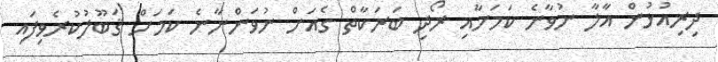
ދިރިއުޅުން އާލާ ނުވާނެ ކަމަށާއި ރޯދި ބަރަކާތް ގެއަށް ނުވަންނާނެ ކަމަށް ޤަބޫލުކުރެވިފައި